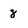
Character: 8